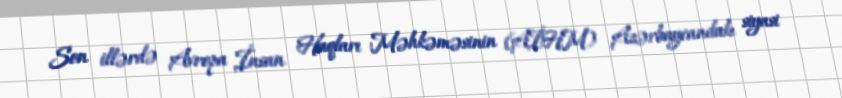
Son illərdə Avropa İnsan Haqları Məhkəməsinin (AİHM) Azərbaycandakı siyasi